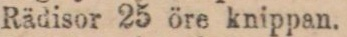
Rädisor 25 öre knippan.